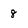
Character: 8